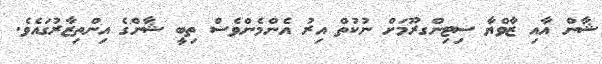
ޝާން އާއި ޒާވްޔާ ސިޓިންގރޫމަށް ނުކުތް އިރު އެންމެންވެސް ތިބީ ޝާންގެ އިންތިޒާރުގައެވެ.